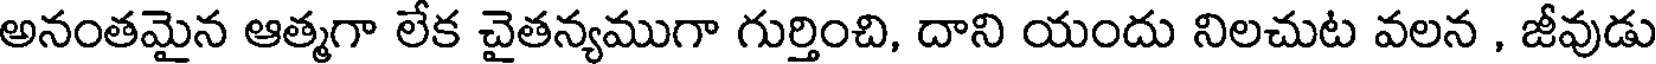
అనంతమైన ఆత్మగా లేక చైతన్యముగా గుర్తించి, దాని యందు నిలచుట వలన , జీవుడు